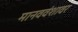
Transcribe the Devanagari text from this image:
मानववंशावर